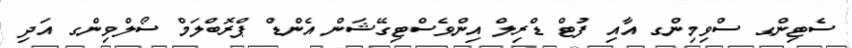
ސެޓިންގ ސްވިމިންގ އާއި ފުޓް ޑްރިލް އިންވެސްޓިގޭޝަން އެންޑް ޕްރޮބްލަމް ސޯލްވިންގ އަދި